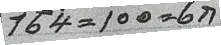
164 = 100 = 6ก